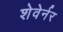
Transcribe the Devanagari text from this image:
शेवेर्नर